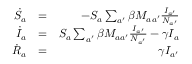
\begin{array} { r l r } { \dot { S } _ { a } } & { = } & { - S _ { a } \sum _ { a ^ { \prime } } \beta M _ { a a ^ { \prime } } \frac { I _ { a ^ { \prime } } } { N _ { a ^ { \prime } } } } \\ { \dot { I } _ { a } } & { = } & { S _ { a } \sum _ { a ^ { \prime } } \beta M _ { a a ^ { \prime } } \frac { I _ { a ^ { \prime } } } { N _ { a ^ { \prime } } } - \gamma I _ { a } } \\ { \dot { R } _ { a } } & { = } & { \gamma I _ { a ^ { \prime } } } \end{array}